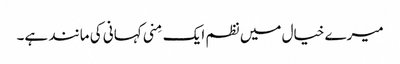
میرے خیال میں نظم ایک مِنی کہانی کی مانند ہے۔